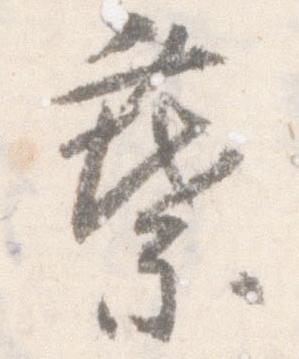
葉